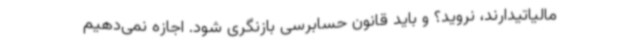
مالیاتیدارند، نروید؟ و باید قانون حسابرسی بازنگری شود. اجازه نمی‌دهیم